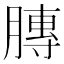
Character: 膞